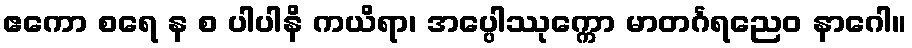
ဧကော စရေ န စ ပါပါနိ ကယိရာ၊ အပ္ပေါဿုက္ကော မာတင်္ဂရညေဝ နာဂေါ။